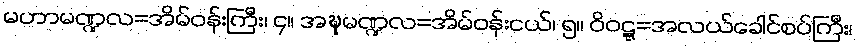
မဟာမဏ္ဍလ=အိမ်ဝန်းကြီး၊ ၄။ အဍ္ဎမဏ္ဍလ=အိမ်ဝန်းငယ်၊ ၅။ ဝိဝဋ္ဋ=အလယ်ခေါင်စပ်ကြီး၊